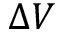
\Delta V